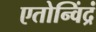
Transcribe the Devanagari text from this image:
एतोन्विंद्रं